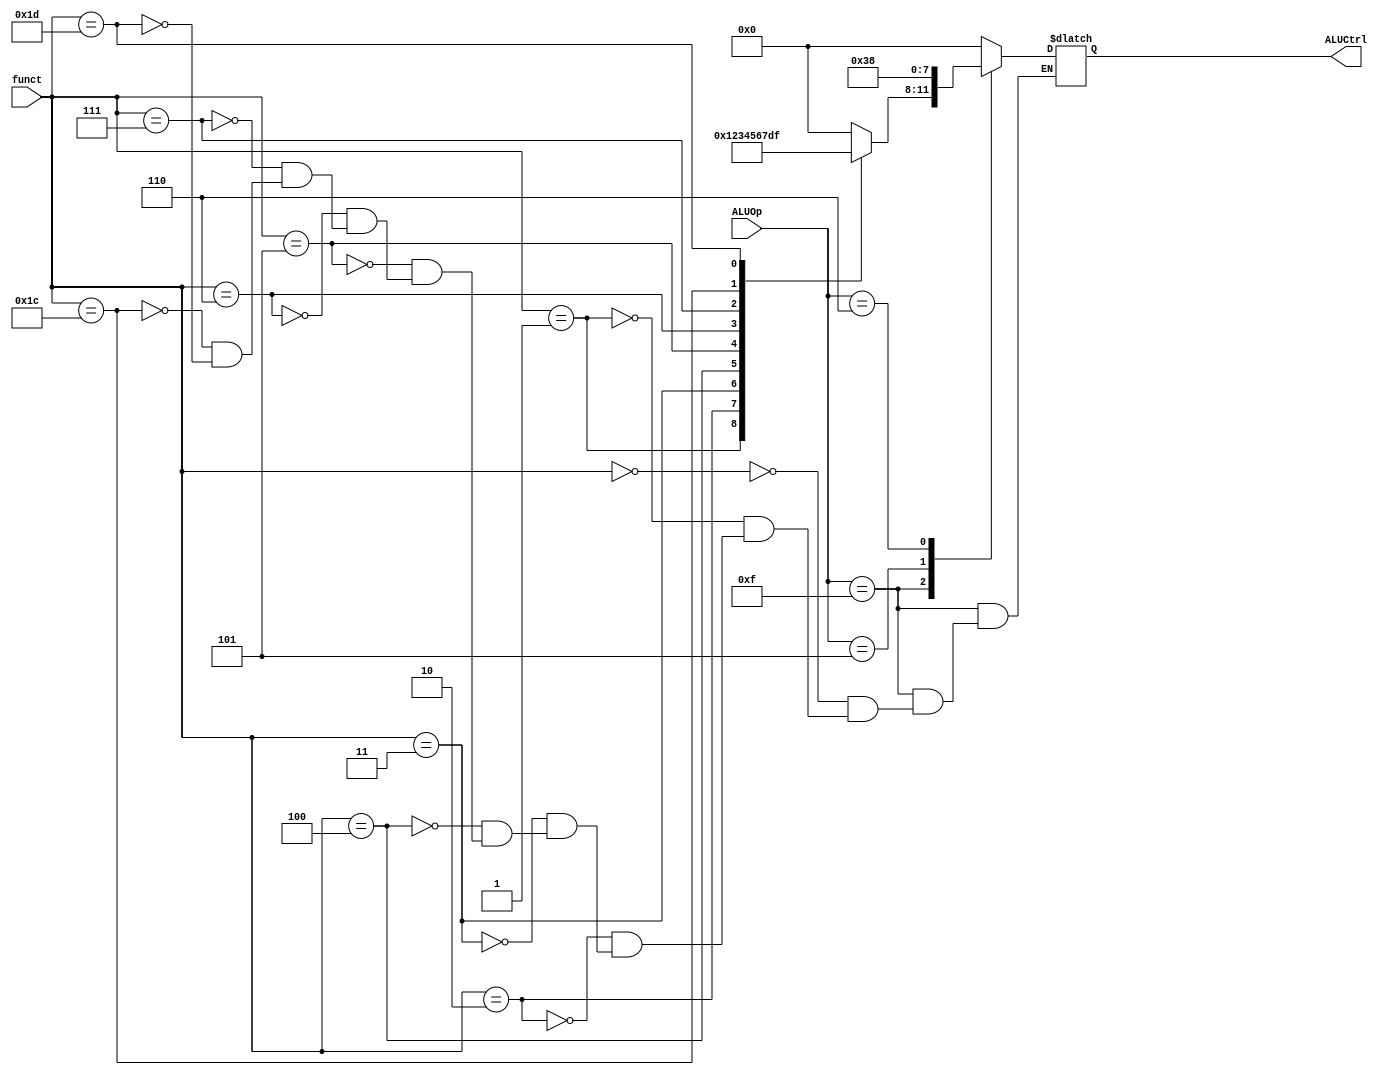

module ALUctrl_unit(
    input [3:0] ALUOp,
    input [5:0] funct,
    output reg [3:0] ALUCtrl
    );
    always @(*) begin
        case(ALUOp)
            15: begin
                case(funct)
                    0:  ALUCtrl=4'b0000; //ADD
                    1:  ALUCtrl=4'b0001; //SUB
                    2:  ALUCtrl=4'b0010; //AND
                    3:  ALUCtrl=4'b0011; //ORR
                    4:  ALUCtrl=4'b0100; //NOT
                    5:  ALUCtrl=4'b0101; //TCP
                    6:  ALUCtrl=4'b0110; //SHL
                    7:  ALUCtrl=4'b0111; //SHR
                    28: ALUCtrl=4'b1101; //WWD
                    29: ALUCtrl = 4'b1111;//HLT
                endcase
            end
            4: ALUCtrl = 4'b0000; //ADI
            5: ALUCtrl = 4'b0011; //ORI            
            6: ALUCtrl = 4'b1000; //LHI
            7: ALUCtrl = 4'b0000; //LWD
            8: ALUCtrl = 4'b0000; //SWD
            default: ALUCtrl = 4'b0000; //JMP JAL JPR JRL
        endcase
    end
    
endmodule